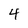
Character: 4